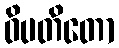
ဝိပတိတော